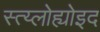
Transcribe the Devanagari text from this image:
स्त्य्लोह्योइद